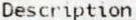
DESCRIPTION